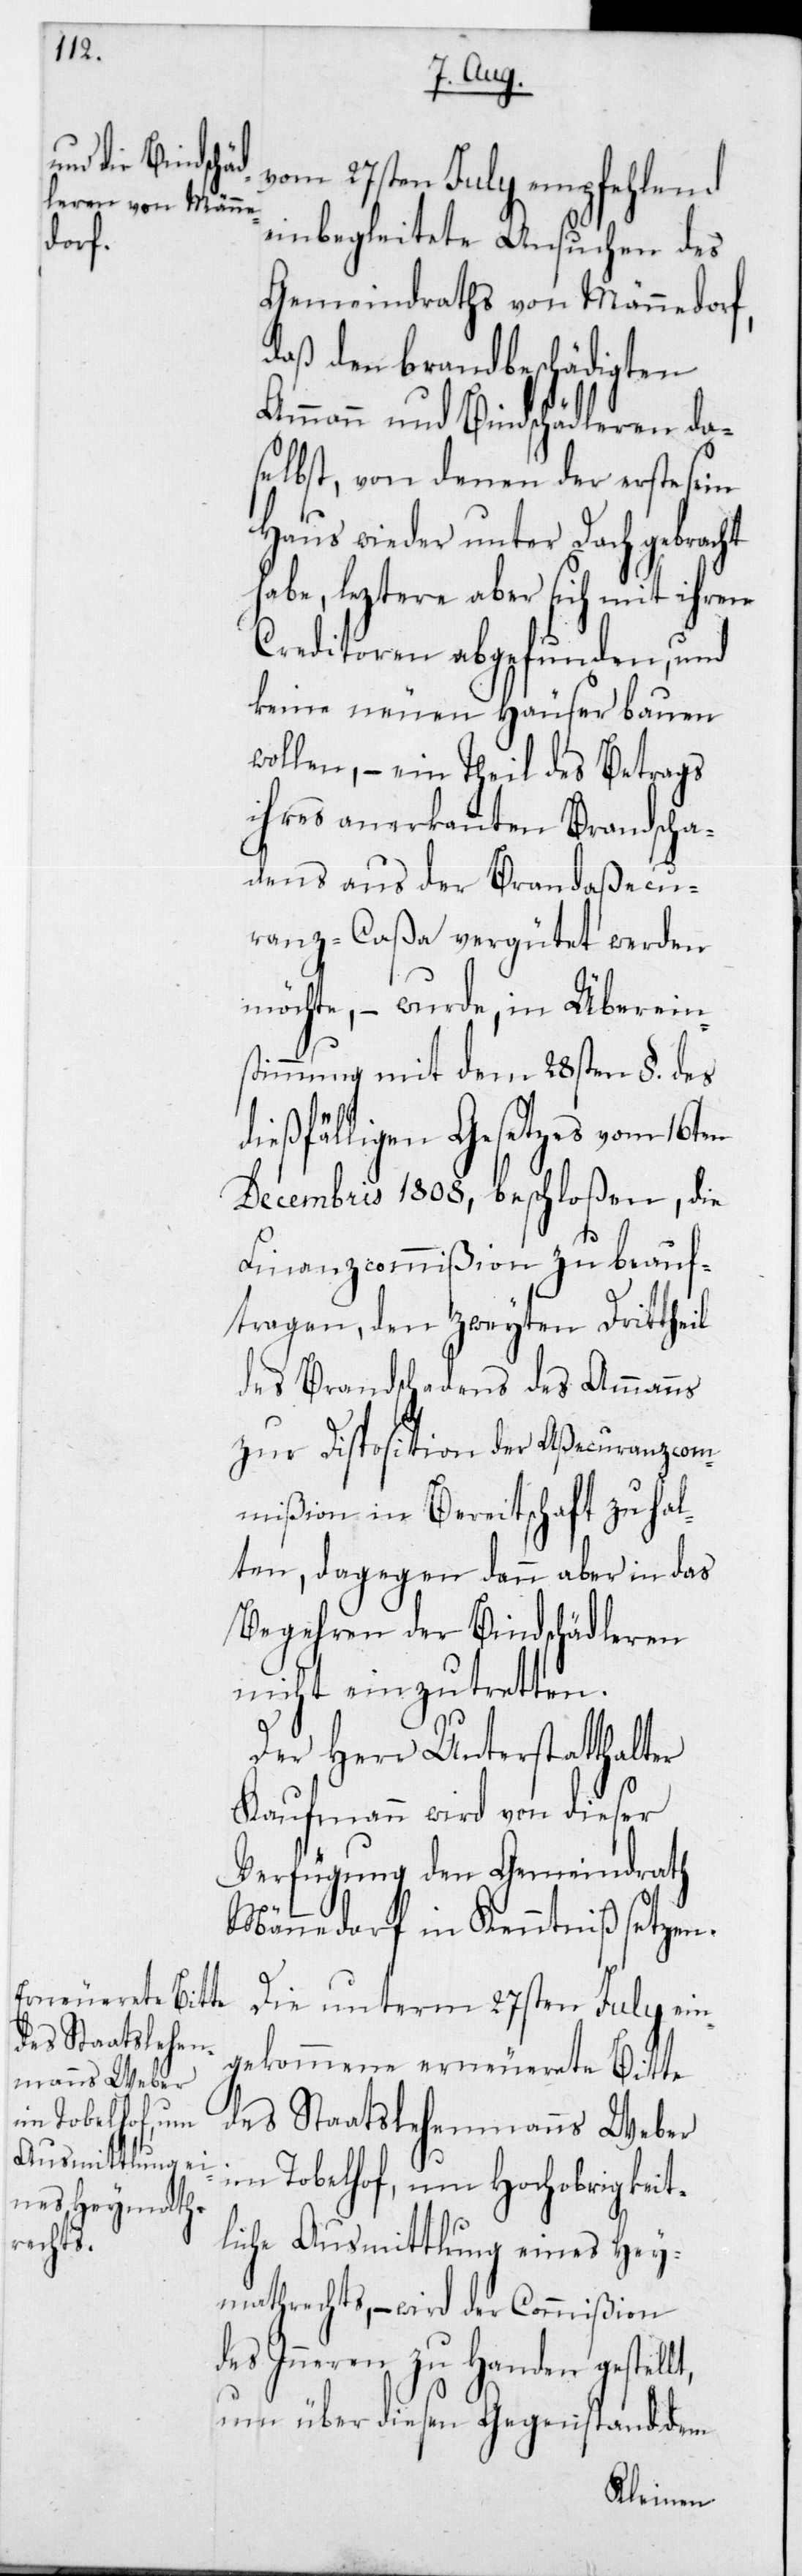
des Staatslehen¬
manns Weber

vom 27sten July empfehlend
einbegleitete Ansuchen des
Gemeindraths von Männedorf,
daß den brandbeschädigten
Ammann und Bindschädleren da¬
selbst, von denen der erste sein
Haus wieder unter Dach gebracht
habe, leztere aber sich mit ihren
Creditoren abgefunden, und
keine neuen Häuser bauen
wollen, – ein Theil des Betrags
ihres anerkannten Brandscha¬
dens aus der Brandaßecu¬
ranz-Caßa vergütet werden
möchte, – wurde, in Überein¬
stimmung mit dem 28sten § des
dießfälligen Gesetzes vom 16ten
Decembris 1808 beschloßen, die
Finanzcommißion zu beauf¬
tragen, den zweyten Drittheil
des Brandschadens des Ammanns
zur Disposition der Aßecuranzcom¬
mißion in Bereitschaft zu hal¬
ten, dagegen dann aber in das
Begehren der Bindschädleren
nicht einzutretten.
Der Herr Unterstatthalter
Kaufmann wird von dieser
Verfügung den Gemeindrath
Männedorf in Kenntniß setzen.
Die unterm 27sten July ein¬
gekommene erneuerete Bitte
im Tobelhof, um Hochobrigkeit¬
liche Ausmittlung eines Hey¬
mathrechts, – wird der Commißion
des Inneren zu Handen gestellt,
um über diesen Gegenstand dem